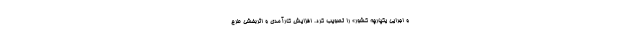
و اجرایی یکپارچه کشور» را تصویب کرد. افزایش کارآمدی و اثربخشی طرح